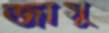
জাসু